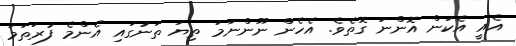
އެއީ އެކަން އޮންނަ ގޮތެވެ. އެހެން ނޫންނަމަ ތިޔަ ތަނުގައި އެންމެ ފުރަތަމަ